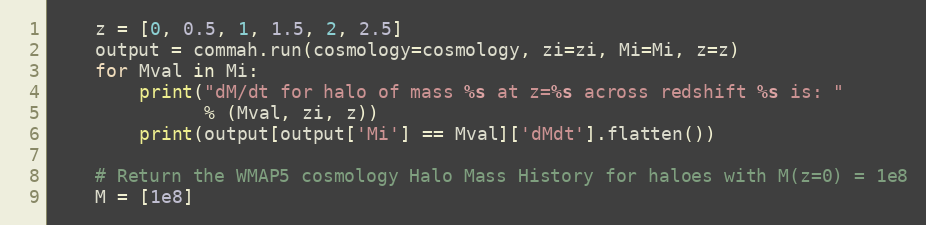
Language: Python
    z = [0, 0.5, 1, 1.5, 2, 2.5]
    output = commah.run(cosmology=cosmology, zi=zi, Mi=Mi, z=z)
    for Mval in Mi:
        print("dM/dt for halo of mass %s at z=%s across redshift %s is: "
              % (Mval, zi, z))
        print(output[output['Mi'] == Mval]['dMdt'].flatten())

    # Return the WMAP5 cosmology Halo Mass History for haloes with M(z=0) = 1e8
    M = [1e8]